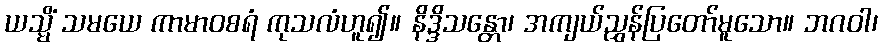
ယသ္မိံ သမယေ ကာမာဝစရံ ကုသလံဟူ၍။ နိဒ္ဒိသန္တော၊ အကျယ်ညွှန်ပြတော်မူသော။ ဘဂဝါ၊